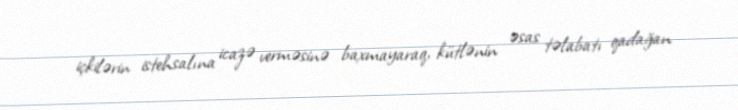
içkilərin istehsalına icazə verməsinə baxmayaraq, kütlənin əsas təlabatı qadağan